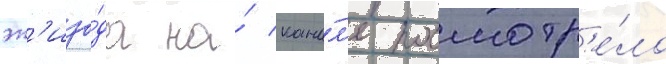
эп'изо́да на́ кана́л'е посмотр'е́ло